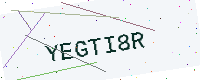
Text: YEGTI8R